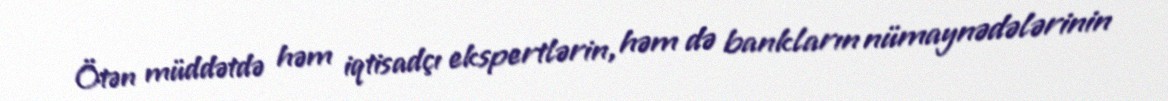
Ötən müddətdə həm iqtisadçı ekspertlərin, həm də bankların nümaynədələrinin